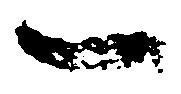
一